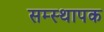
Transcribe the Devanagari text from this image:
सम्स्थापक